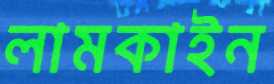
লামকাইন